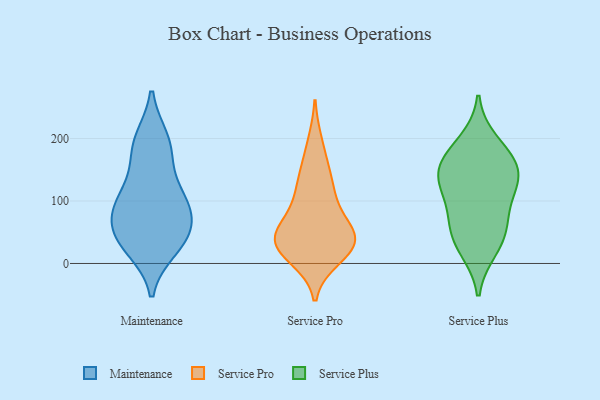
{"axis": {"x": "Tickets Resolved", "y": "Value"}, "legend": ["Maintenance", "Service Plus", "Service Pro"], "data": [{"x": "", "y": 92, "type": "Maintenance"}, {"x": "", "y": 193, "type": "Maintenance"}, {"x": "", "y": 170, "type": "Maintenance"}, {"x": "", "y": 197, "type": "Maintenance"}, {"x": "", "y": 69, "type": "Maintenance"}, {"x": "", "y": 39, "type": "Maintenance"}, {"x": "", "y": 97, "type": "Maintenance"}, {"x": "", "y": 39, "type": "Maintenance"}, {"x": "", "y": 25, "type": "Maintenance"}, {"x": "", "y": 117, "type": "Maintenance"}, {"x": "", "y": 94, "type": "Maintenance"}, {"x": "", "y": 45, "type": "Maintenance"}, {"x": "", "y": 52, "type": "Service Pro"}, {"x": "", "y": 10, "type": "Service Pro"}, {"x": "", "y": 103, "type": "Service Pro"}, {"x": "", "y": 41, "type": "Service Pro"}, {"x": "", "y": 26, "type": "Service Pro"}, {"x": "", "y": 50, "type": "Service Pro"}, {"x": "", "y": 37, "type": "Service Pro"}, {"x": "", "y": 22, "type": "Service Pro"}, {"x": "", "y": 132, "type": "Service Pro"}, {"x": "", "y": 101, "type": "Service Pro"}, {"x": "", "y": 149, "type": "Service Pro"}, {"x": "", "y": 192, "type": "Service Pro"}, {"x": "", "y": 26, "type": "Service Pro"}, {"x": "", "y": 52, "type": "Service Pro"}, {"x": "", "y": 23, "type": "Service Plus"}, {"x": "", "y": 162, "type": "Service Plus"}, {"x": "", "y": 66, "type": "Service Plus"}, {"x": "", "y": 37, "type": "Service Plus"}, {"x": "", "y": 136, "type": "Service Plus"}, {"x": "", "y": 114, "type": "Service Plus"}, {"x": "", "y": 194, "type": "Service Plus"}, {"x": "", "y": 122, "type": "Service Plus"}, {"x": "", "y": 148, "type": "Service Plus"}, {"x": "", "y": 65, "type": "Service Plus"}, {"x": "", "y": 167, "type": "Service Plus"}]}